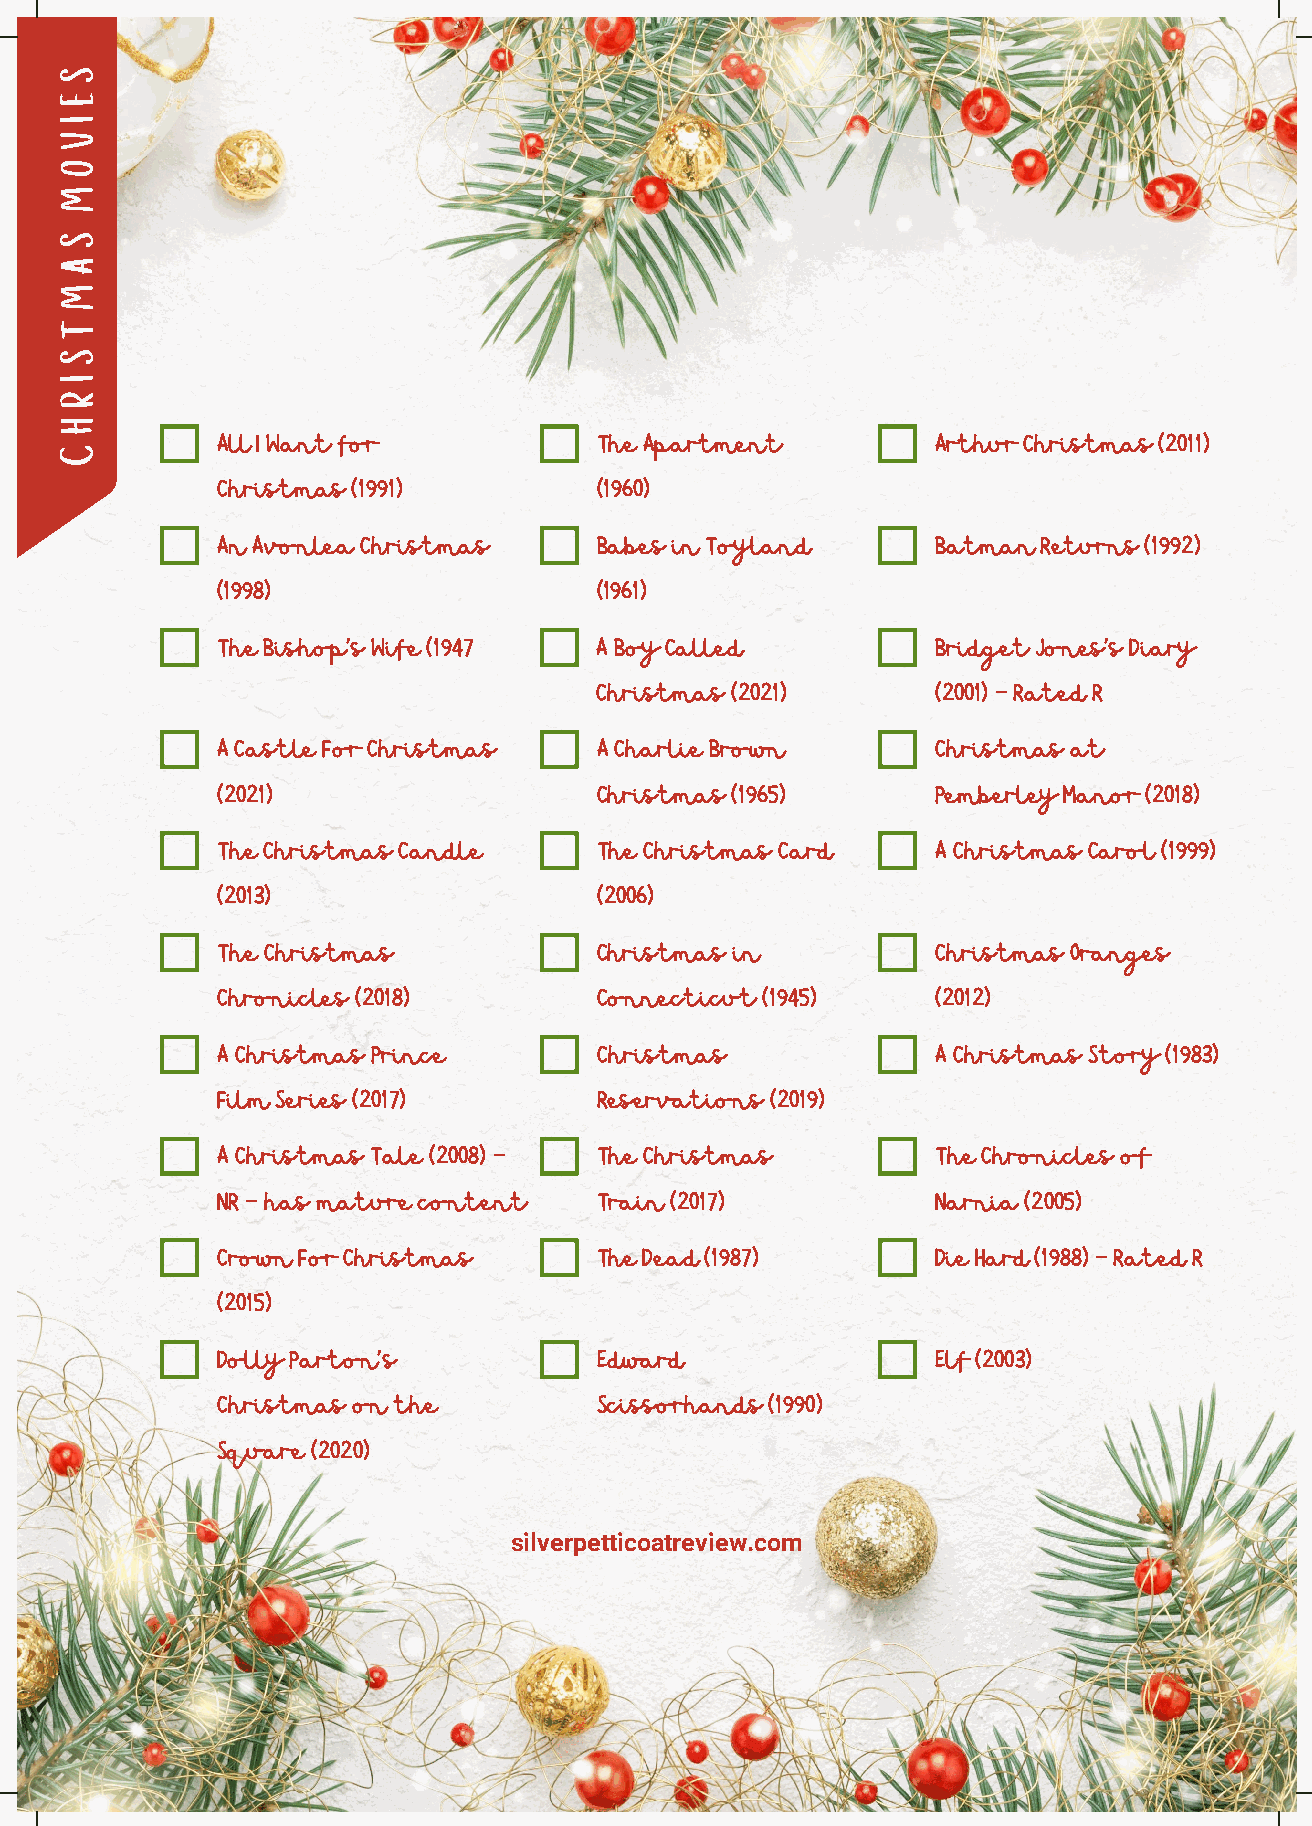
S
 E
 I
 V
 O
 M
 S
 A
 M
 T
 S
 I
 R
 H
 C         All I Want for            The Apartment         Arthur Christmas (2011)
 Christmas (1991)          (1960)
 An Avonlea Christmas      Babes in Toyland      Batman Returns (1992)
 (1998)                    (1961)
 The Bishop's Wife (1947  A Boy Called           Bridget Jones's Diary
 Christmas (2021)       (2001) - Rated R
 A Castle For Christmas    A Charlie Brown       Christmas at
 (2021)                    Christmas (1965)      Pemberley Manor (2018)
 The Christmas Candle      The Christmas Card    A Christmas Carol (1999)
 (2013)                    (2006)
 The Christmas             Christmas in          Christmas Oranges
 Chronicles (2018)         Connecticut (1945)    (2012)
 A Christmas Prince        Christmas             A Christmas Story (1983)
 Film Series (2017)        Reservations (2019)
 A Christmas Tale (2008) - The Christmas         The Chronicles of
 NR - has mature content   Train (2017)          Narnia (2005)
 Crown For Christmas       The Dead (1987)       Die Hard (1988) - Rated R
 (2015)
 Dolly Parton's            Edward                Elf (2003)
 Christmas on the          Scissorhands (1990)
 Square (2020)
 silverpetticoatreview.com